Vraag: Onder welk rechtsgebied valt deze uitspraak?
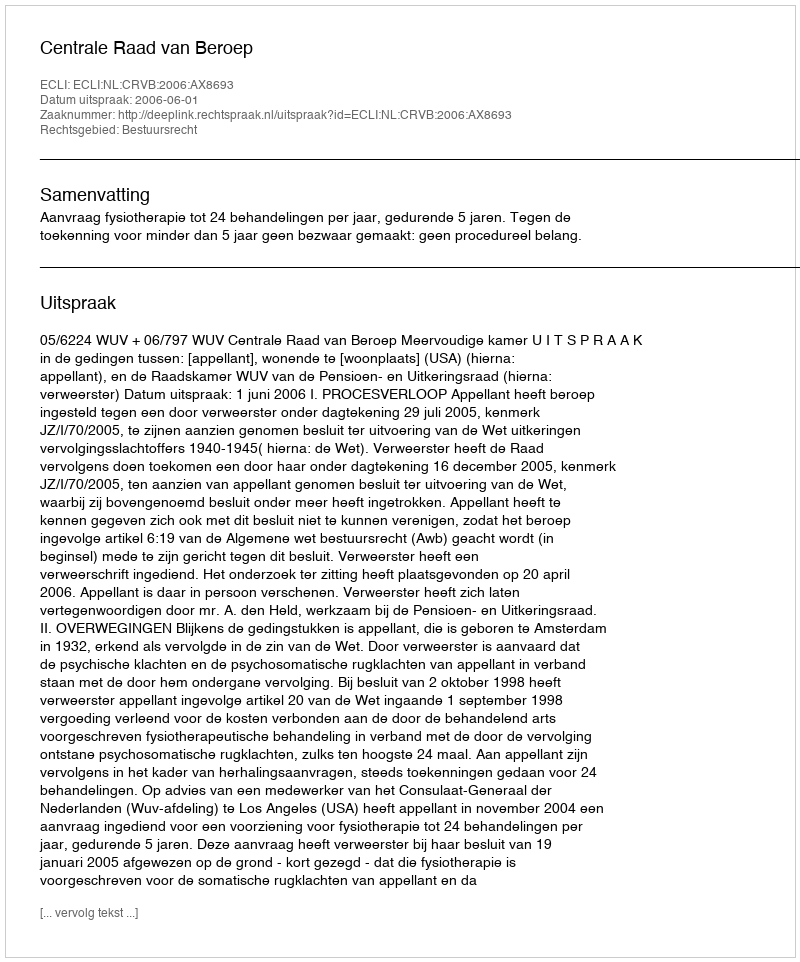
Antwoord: Bestuursrecht